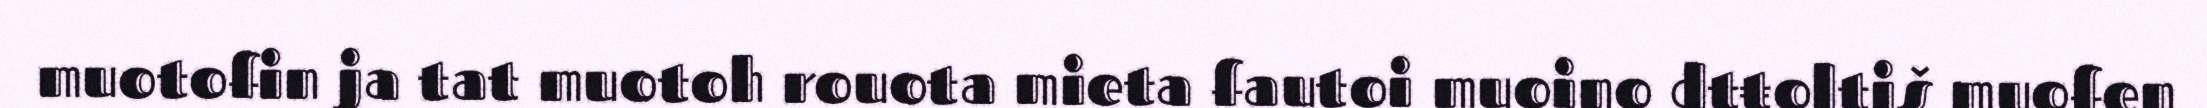
muotofin ja tat muotoh rouota mieta fautoi muoino dtŧoltiš muofen